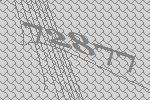
72877